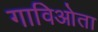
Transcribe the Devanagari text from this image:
गाविओता